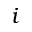
i